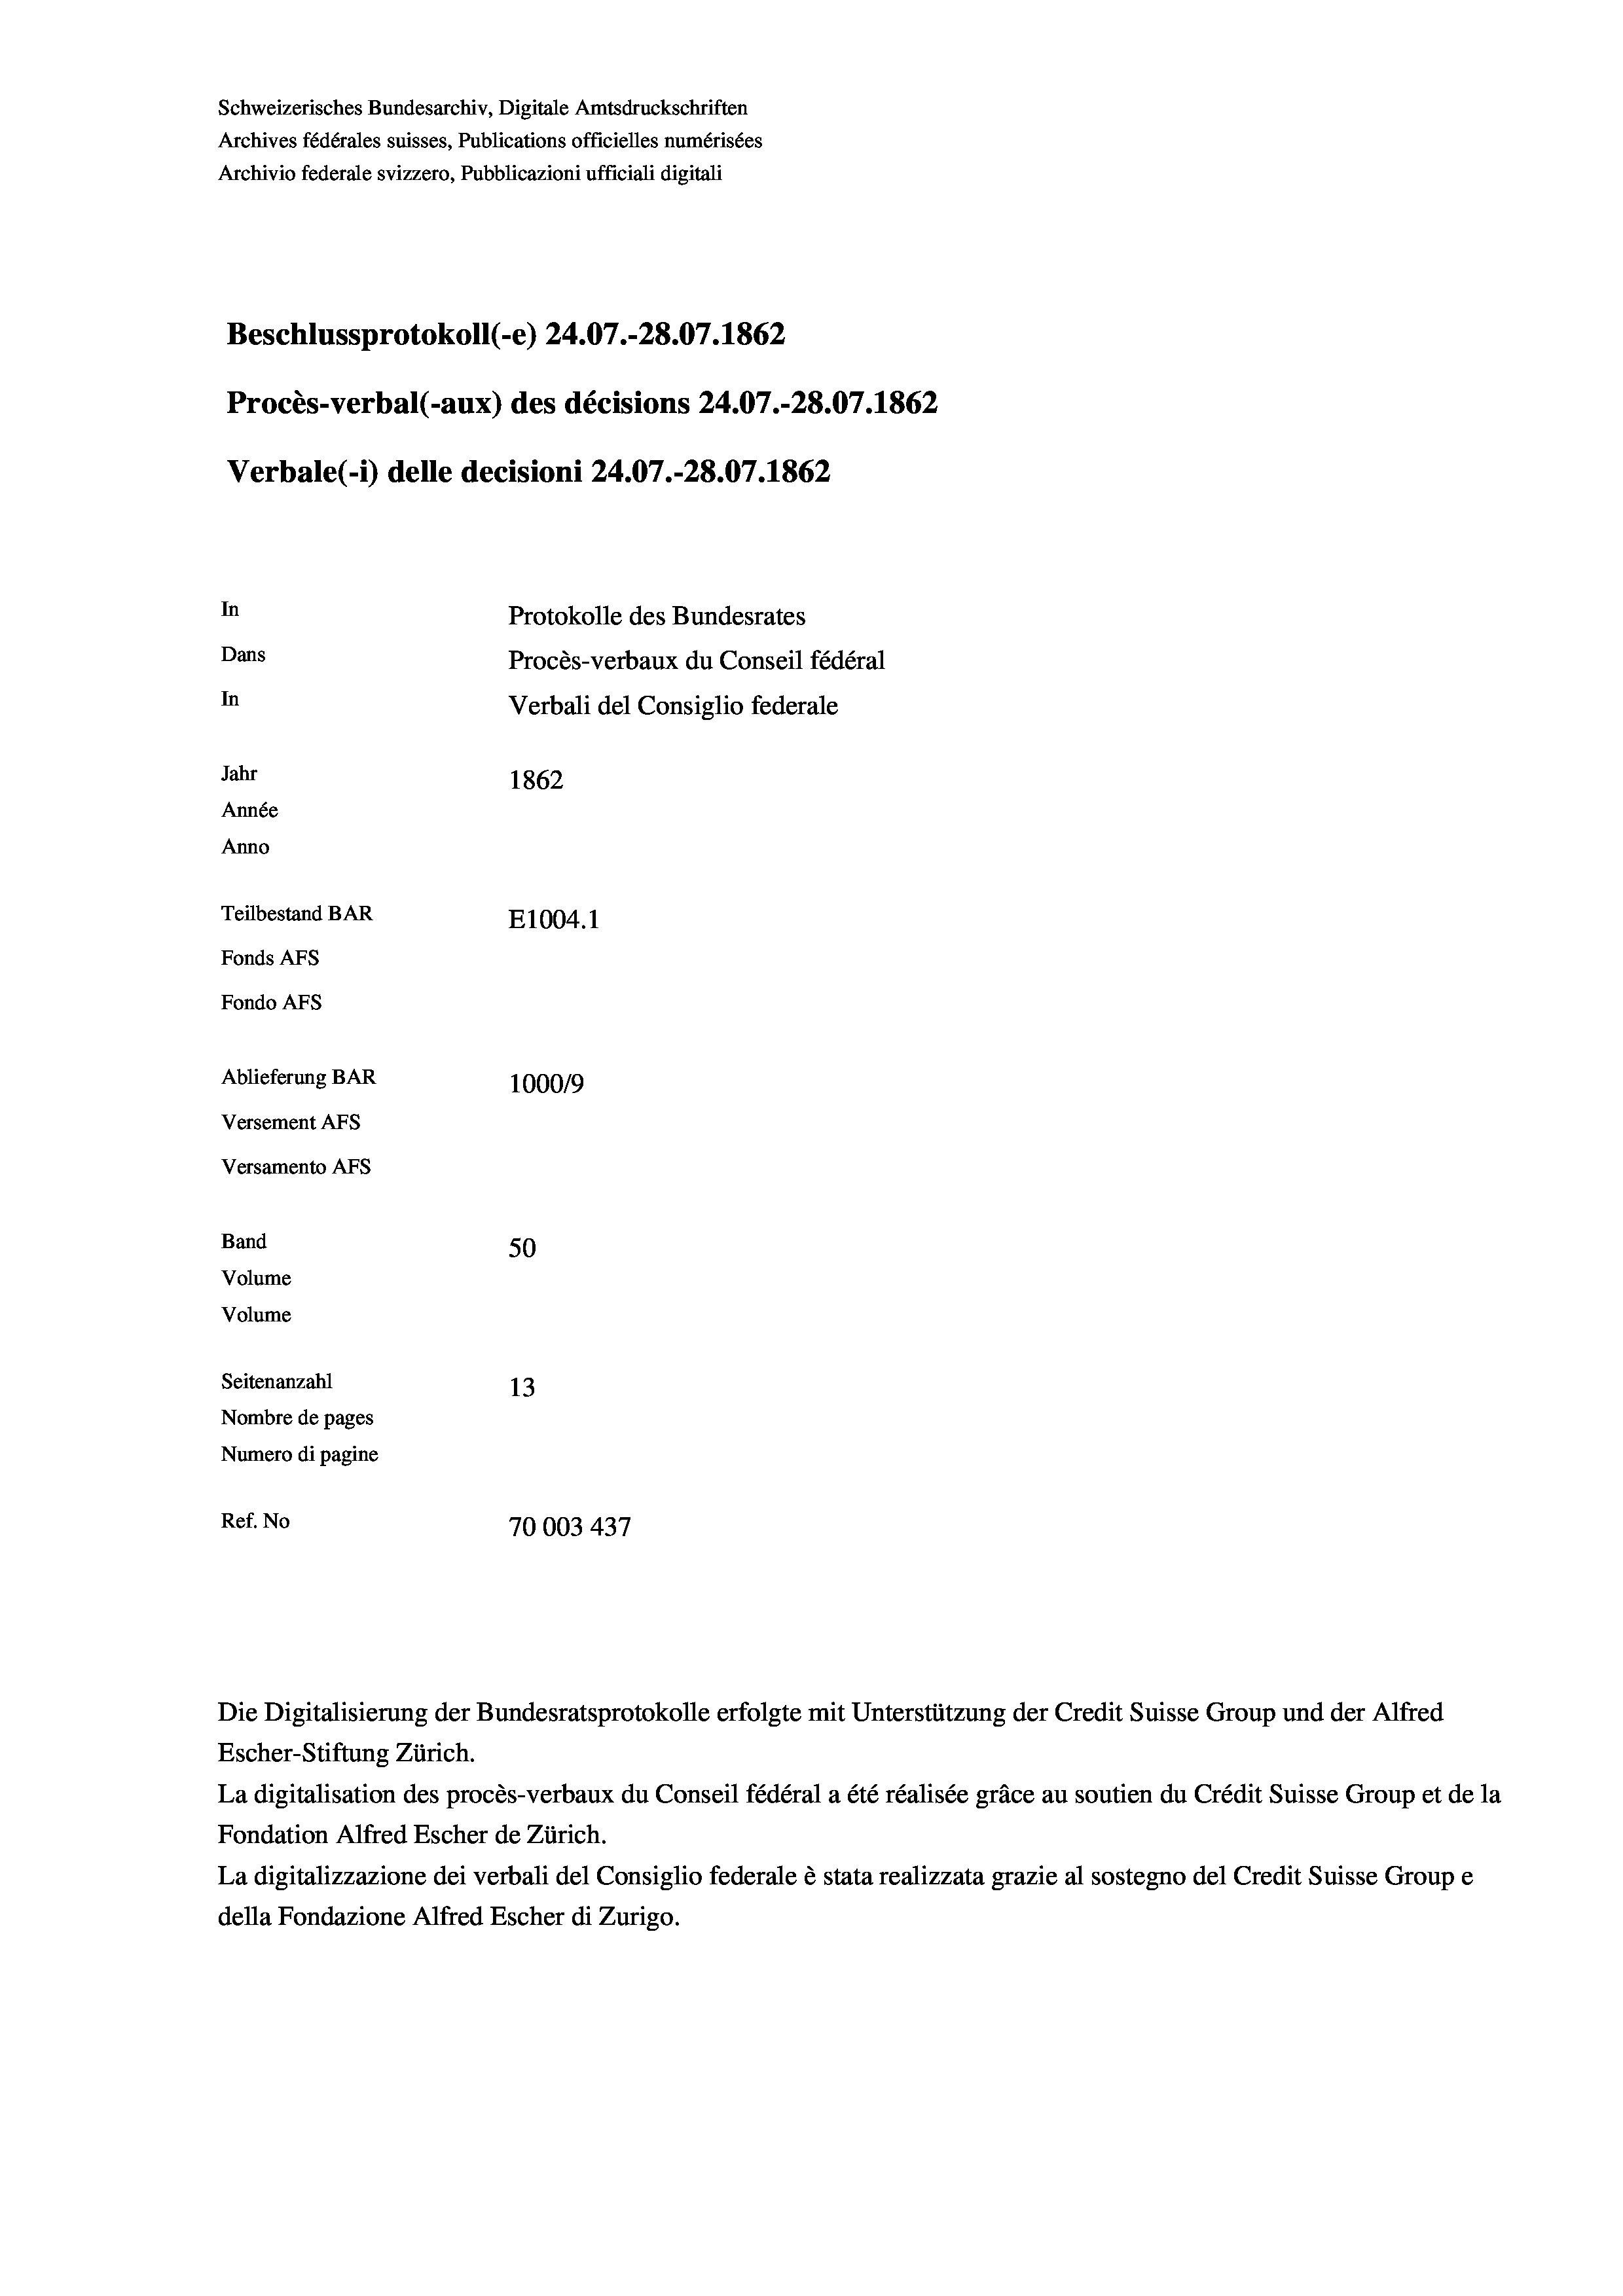
Schweizerisches Bundesarchiv, Digitale Amtsdruckschriften
Archives fédérales suisses, Publications officielles numérisées
Archivio federale svizzero, Pubblicazioni ufficiali digitali
Beschlussprotokoll (-e) 24.07.-28.07. 1862
Procès-verbal (-aux) des décisions 24.07.-28.07. 1862
Verbale (1) delle decisioni 24.07.-28.07. 1862
In
Protokolle des Bundesrates
Dans
Procès-verbaux du Conseil fédéral
In
Verbali del Consiglio federale
Jahr
1862
Année
Anno
Teilbestand BAR
E1004. 1
Fonds AFs
Fondo AFs
Ablieferung BAR
100019
Versement AFs
Versamento AFs
Band
50
Volume
Volume
Seitenanzahl
13

Nombre de pages
Numero di pagine
Ref. No
70003 437

Escher-Stiftung Zürich.
La digitalisation des procès-verbaux du Conseil fédéral a été réalisée gräce au soutien du Crédit Suisse Group et de la
Fondation Alfred Escher de Zürich.
La digitalizzazione dei verbali del Consiglio federale è stata realizzata grazie al sostegno del Credit Suisse Groupe
della Fondazione Alfred Escher di Zurigo.

Die Digitalisierung der Bundesratsprotokolle erfolgte mit Unterstützung der Credit Suisse Group und der Alfred